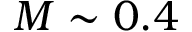
M \sim 0 . 4